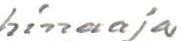
hinaaja